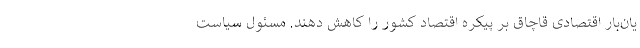
یان‌بار اقتصادی قاچاق بر پیکره اقتصاد کشور را کاهش دهند. مسئول سیاست